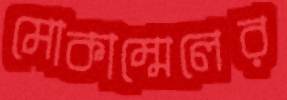
মোকাম্মেলের